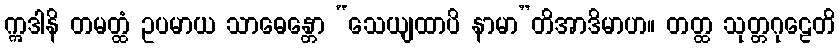
ဣဒါနိ တမတ္ထံ ဥပမာယ သာဓေန္တော “သေယျထာပိ နာမာ”တိအာဒိမာဟ။ တတ္ထ သုတ္တဂုဠေတိ